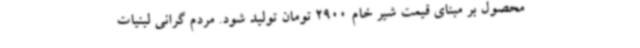
محصول بر مبنای قیمت شیر خام 2900 تومان تولید شود. مردم گرانی لبنیات